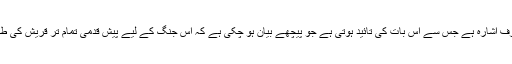
یہ جنگ بدر کی طرف اشارہ ہے جس سے اُس بات کی تائید ہوتی ہے جو پیچھے بیان ہو چکی ہے کہ اِس جنگ کے لیے پیش قدمی تمام تر قریش کی طرف سے ہوئی تھی۔